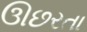
ઊછરતા